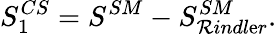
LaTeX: S_{1}^{CS}=S^{SM}-S_{\mathcal{R}indl\mathrm{e}r}^{SM}.